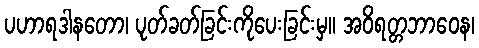
ပဟာရဒါနတော၊ ပုတ်ခတ်ခြင်းကိုပေးခြင်းမှ။ အဝိရတ္တဘာဝေန၊